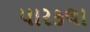
પારકલા